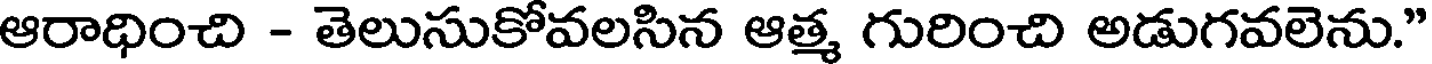
ఆరాధించి - తెలుసుకోవలసిన ఆత్మ గురించి అడుగవలెను."